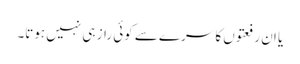
یا ان رفعتوں کا سرے سے کوئی راز ہی نہیں ہوتا۔